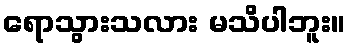
ရောသွားသလား မသိပါဘူး။